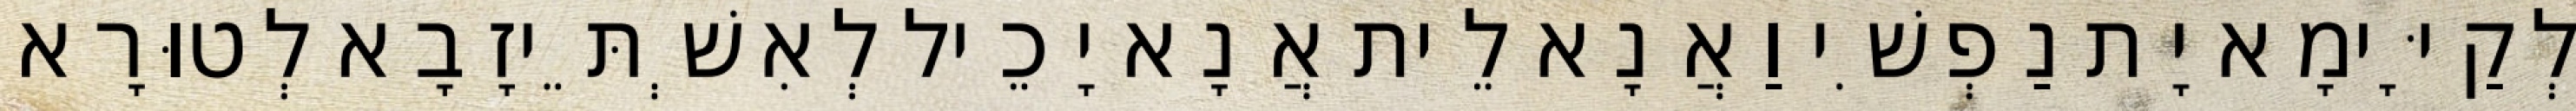
לְקַיָּימָא יָת נַפְשִׁי וַאֲנָא לֵית אֲנָא יָכֵיל לְאִשְׁתֵּיזָבָא לְטוּרָא